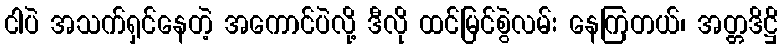
ငါပဲ အသက်ရှင်နေတဲ့ အကောင်ပဲလို့ ဒီလို ထင်မြင်စွဲလမ်း နေကြတယ်၊ အတ္တဒိဋ္ဌိ